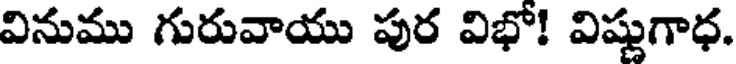
వినుము గురువాయు పుర విభో! విష్ణుగాధ.